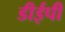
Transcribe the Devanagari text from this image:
डीईपी